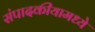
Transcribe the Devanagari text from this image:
संपादकीयामध्ये